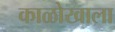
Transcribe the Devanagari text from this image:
काळोखाला